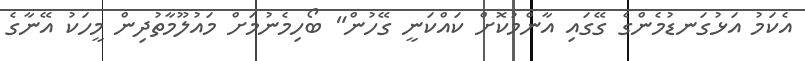
އެކަމު އަޅުގަނޑުމެންގެ ގޭގައި އާންމުކޮށް ކައްކަނީ ގޭހުން" ބޯހިމެނުމަށް މައުލޫމާތުދިން މީހަކު އޭނާގެ